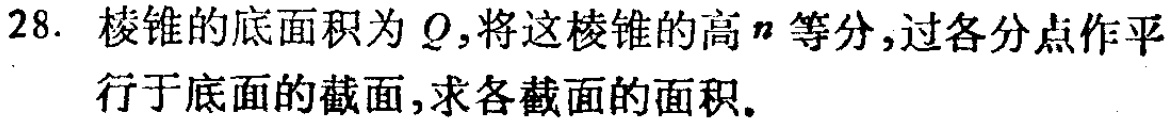
28. 棱锥的底面积为 \(Q\)，将这棱锥的高 \(n\) 等分，过各分点作平行于底面的截面，求各截面的面积。